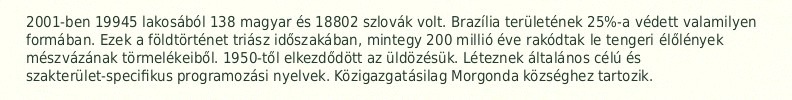
2001-ben 19945 lakosából 138 magyar és 18802 szlovák volt. Brazília területének 25%-a védett valamilyen formában. Ezek a földtörténet triász időszakában, mintegy 200 millió éve rakódtak le tengeri élőlények mészvázának törmelékeiből. 1950-től elkezdődött az üldözésük. Léteznek általános célú és szakterület-specifikus programozási nyelvek. Közigazgatásilag Morgonda községhez tartozik.